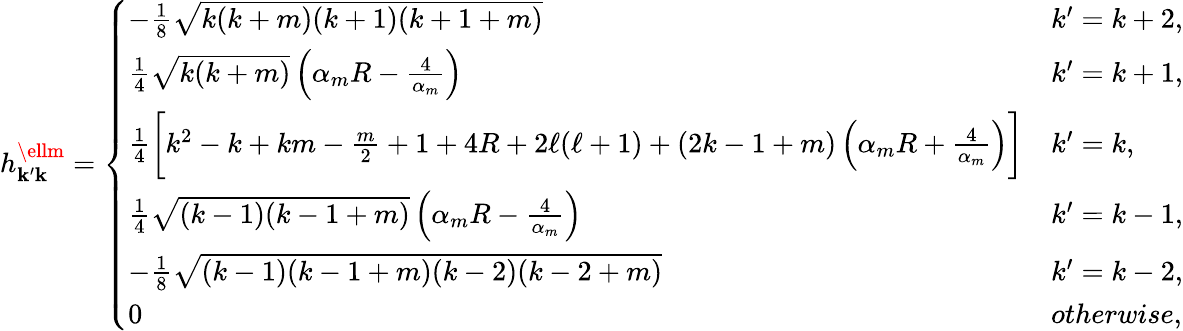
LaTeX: h_{\mathbf{k}^{\prime}\mathbf{k}}^{\ellm}=\left\{ \begin{array}{ll}{-\frac{1}{8}\sqrt{k(k+m)(k+1)(k+1+m)}}&{k^{\prime}=k+2,}\\ {\frac{1}{4}\sqrt{k(k+m)}\left(\alpha_{m}R-\frac{4}{\alpha_{m}}\right)}&{k^{\prime}=k+1,}\\ {\frac{1}{4}\bigg[k^{2}-k+km-\frac{m}{2}+1+4R+2\ell(\ell+1)+(2k-1+m)\left(\alpha_{m}R+\frac{4}{\alpha_{m}}\right)\bigg]}&{k^{\prime}=k,}\\ {\frac{1}{4}\sqrt{(k-1)(k-1+m)}\left(\alpha_{m}R-\frac{4}{\alpha_{m}}\right)}&{k^{\prime}=k-1,}\\ {-\frac{1}{8}\sqrt{(k-1)(k-1+m)(k-2)(k-2+m)}}&{k^{\prime}=k-2,}\\ {0}&{otherwise,}\end{array}\right.